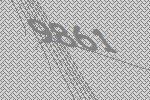
9861